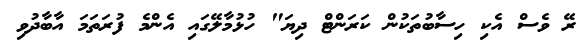
ރޭ ވެސް އެކި ހިސާބުތަކުން ކަރަންޓް ދިޔަ" ހުޅުމާލޭގައި އެންމެ ފުރަތަމަ އާބާދުވި